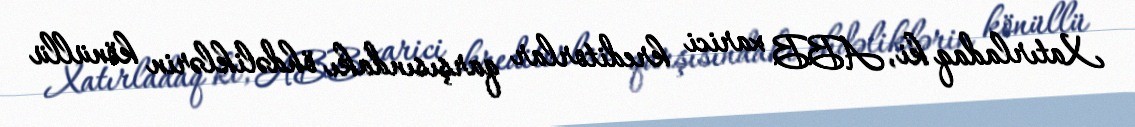
Xatırladaq ki, ABB xarici kreditorlar qarşısındakı öhdəliklərin könüllü